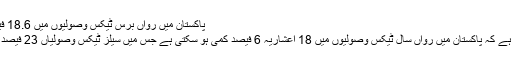
پاکستان میں رواں برس ٹیکس وصولیوں میں 18.6 فیصد کمی کا خدشہ ہے، آئی ایم ایف > Urduvoz
کراچی(نیوزڈیسک)آئی ایم ایف نے خدشہ ظاہر کیا ہے کہ پاکستان میں رواں سال ٹیکس وصولیوں میں 18 اعشاریہ 6 فیصد کمی ہو سکتی ہے جس میں سیلز ٹیکس وصولیاں 23 فیصد کمی سے 1427 ارب روپے رہنے کا خدشہ ہے۔